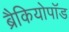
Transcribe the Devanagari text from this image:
ब्रैकियोपॉड